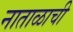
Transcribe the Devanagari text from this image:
नाताळाची